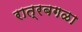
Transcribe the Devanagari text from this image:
रात्रबगळा